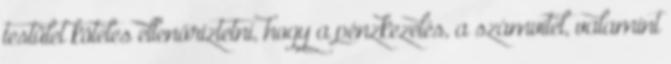
testület köteles ellenőriztetni, hogy a pénzkezelés, a számvitel, valamint